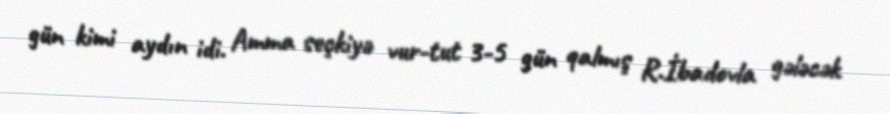
gün kimi aydın idi. Amma seçkiyə vur-tut 3-5 gün qalmış R.İbadovla gələcək